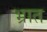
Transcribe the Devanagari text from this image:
भ्रात